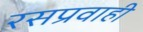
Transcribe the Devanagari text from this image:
रसप्रवाही